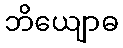
ဘိယျောဓ